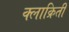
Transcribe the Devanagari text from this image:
क्लाक्रितीं